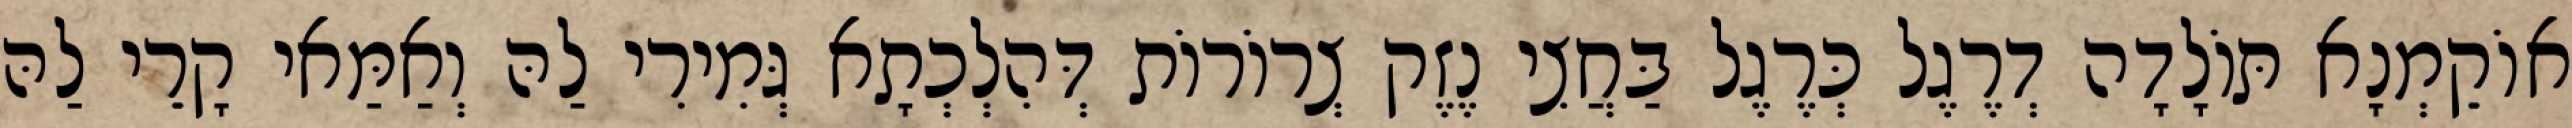
אוֹקֵמְנָא תּוֹלָדָה דְרֶגֶל כְּרֶגֶל בַּחֲצִי נֶזֶק צְרוֹרוֹת דְּהִלְכְתָא גְּמִירִי לַהּ וְאַמַּאי קָרֵי לַהּ